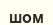
шом